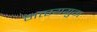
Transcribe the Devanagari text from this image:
मत्स्ययुग